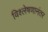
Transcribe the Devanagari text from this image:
विश्लेषणानंतर